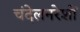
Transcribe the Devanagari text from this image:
चंदेलनरेशों